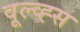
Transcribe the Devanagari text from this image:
वूल्व्ह्स